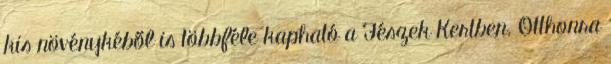
kis növénykéből is többféle kapható a Fészek Kertben. Otthonra